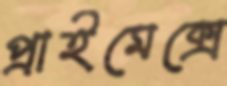
প্রাইমেক্সে